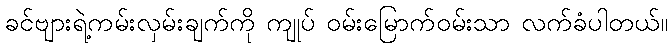
ခင်ဗျားရဲ့ကမ်းလှမ်းချက်ကို ကျုပ် ဝမ်းမြောက်ဝမ်းသာ လက်ခံပါတယ်။